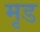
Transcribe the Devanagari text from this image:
मृड